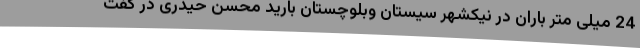
24 میلی متر باران در نیکشهر سیستان وبلوچستان بارید محسن حیدری در گفت